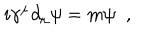
i \gamma ^ { \mu } \partial _ { \mu } \psi = m \psi \; \; ,